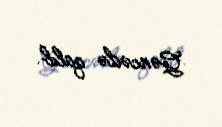
Gəncədə qalıb.